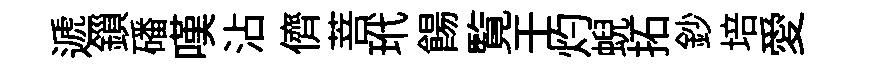
遞鎻磻嘆沾儕菩玳餳覧壬灼蜺拓鈔培愛